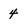
Character: 4